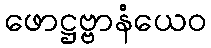
ဖောဋ္ဌဗ္ဗာနံယေဝ